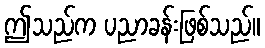
ဤသည်က ပညာခန်းဖြစ်သည်။